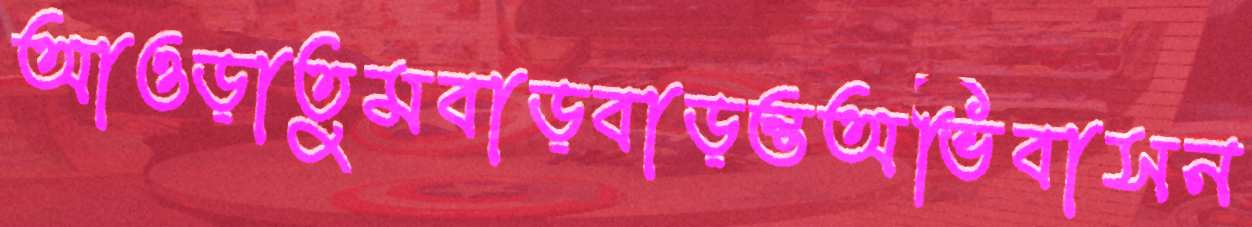
আওড়াতুমবাড়বাড়ন্তঅভিবাসন